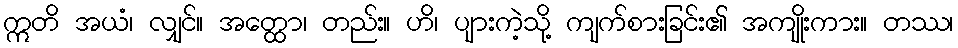
ဣတိ အယံ၊ လျှင်။ အတ္ထော၊ တည်း။ ဟိ၊ ပျားကဲ့သို့ ကျက်စားခြင်း၏ အကျိုးကား။ တဿ၊